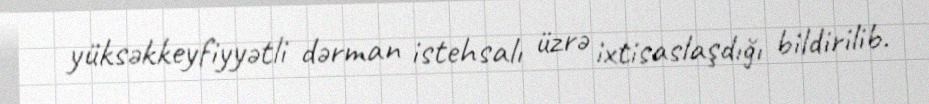
yüksəkkeyfiyyətli dərman istehsalı üzrə ixtisaslaşdığı bildirilib.